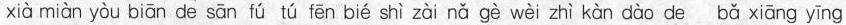
xià miàn yòu biān de sān fú tú fēn bié shì zài nǎ gè wèi zhì kàn dào de bǎ xiāng yīng